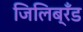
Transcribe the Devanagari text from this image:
जिलिब्रॅंड